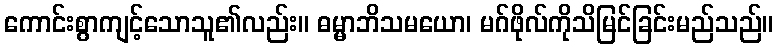
ကောင်းစွာကျင့်သောသူ၏လည်း။ ဓမ္မာဘိသမယော၊ မဂ်ဖိုလ်ကိုသိမြင်ခြင်းမည်သည်။